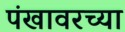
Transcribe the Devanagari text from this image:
पंखावरच्या